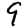
Digit: 9